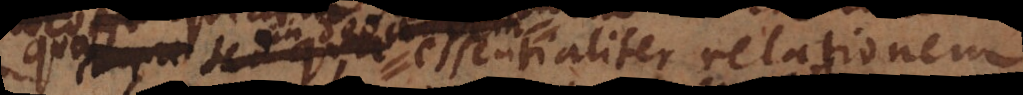
in Deo essentialiter relati